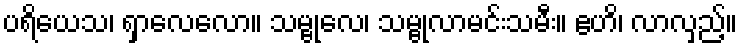
ပရိယေသ၊ ရှာလေလော။ သမ္ဗုလေ၊ သမ္ဗုလာမင်းသမီး။ ဧဟိ၊ လာလှည့်။